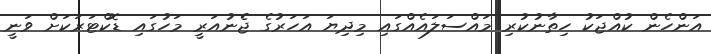
އަންހެން ކުއްޖަކު ހިތާނުކުރި މައްސަލައެއްގައި މިދިޔަ އަހަރުގެ ޖެެނުއަރީ މަހުގައި ޑޮކްޓަރަކަށް ވަނީ